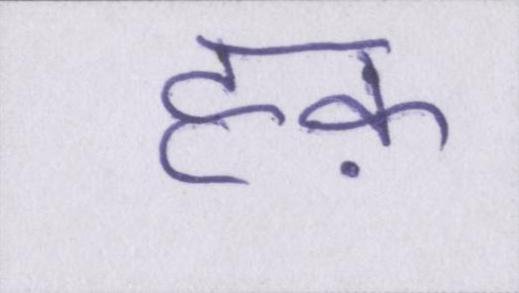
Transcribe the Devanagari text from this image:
हक़